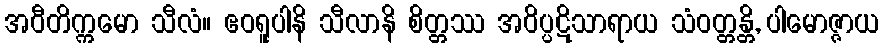
အဝီတိက္ကမော သီလံ။ ဧဝရူပါနိ သီလာနိ စိတ္တဿ အဝိပ္ပဋိသာရာယ သံဝတ္တန္တိ, ပါမောဇ္ဇာယ